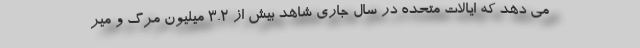
می دهد که ایالات متحده در سال جاری شاهد بیش از ۳.۲ میلیون مرگ و میر